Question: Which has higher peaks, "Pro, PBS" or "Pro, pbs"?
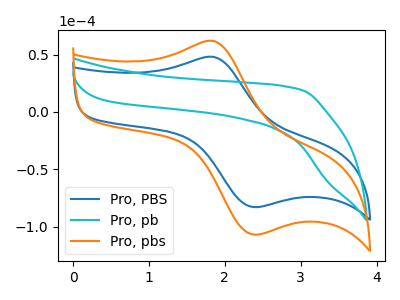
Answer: <think>The blue curve "Pro, PBS" has an anodic peak at (1.85V, 47.95uA) and a cathodic peak at (2.40V, -83.00uA). The cyan curve "Pro, pb" has no peaks. The orange curve "Pro, pbs" has an anodic peak at (1.85V, 61.80uA) and a cathodic peak at (2.40V, -107.00uA).</think>
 <answer>Every peak in "Pro, PBS" is lower than every peak in "Pro, pbs".</answer>
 <eval>lower</eval>